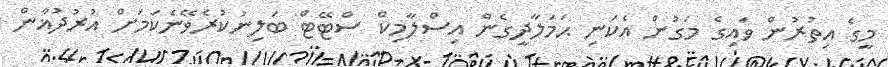
މީގެ އިތުރުން ވައިގެ މަގުން އެކަނި ޙަމަލާދީގެން އިސްލާމިކް ސްޓޭޓް ބަލިނުކުރެވޭނެކަމަށް އުރުދުޣާން